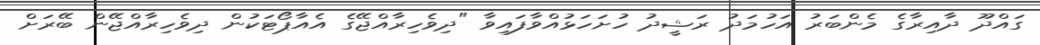
ގައްދޫ ދާއިރާގެ މެންބަރު އަހުމަދު ރަޝީދު ހުށަހަޅުއްވާފައިވާ "ދިވެހިރާއްޖޭގެ އެއާޕޯޓަކުން ދިވެހިރާއްޖޭން ބޭރަށް